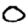
Digit: 0